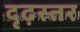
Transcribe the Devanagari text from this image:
दृढ़स्तर